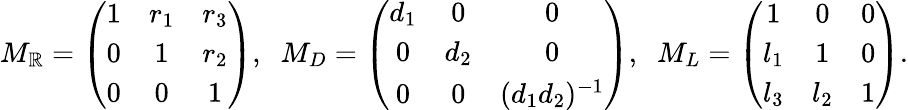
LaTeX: M_{\mathbb{R}}=\left(\begin{array}{ccc}{{1}}&{{r_{1}}}&{{r_{3}}}\\ {{0}}&{{1}}&{{r_{2}}}\\ {{0}}&{{0}}&{{1}}\end{array}\right),\; \; M_{D}=\left(\begin{array}{ccc}{{d_{1}}}&{{0}}&{{0}}\\ {{0}}&{{d_{2}}}&{{0}}\\ {{0}}&{{0}}&{{(d_{1}d_{2})^{-1}}}\end{array}\right),\; \; M_{L}=\left(\begin{array}{ccc}{{1}}&{{0}}&{{0}}\\ {{l_{1}}}&{{1}}&{{0}}\\ {{l_{3}}}&{{l_{2}}}&{{1}}\end{array}\right).